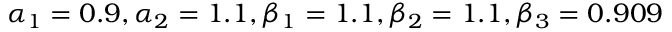
\alpha _ { 1 } = 0 . 9 , \alpha _ { 2 } = 1 . 1 , \beta _ { 1 } = 1 . 1 , \beta _ { 2 } = 1 . 1 , \beta _ { 3 } = 0 . 9 0 9